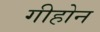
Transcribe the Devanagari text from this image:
गीहोन